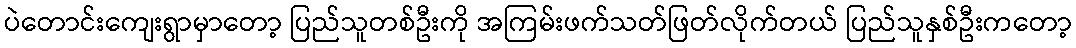
ပဲတောင်းကျေးရွာမှာတော့ ပြည်သူတစ်ဦးကို အကြမ်းဖက်သတ်ဖြတ်လိုက်တယ် ပြည်သူနှစ်ဦးကတော့